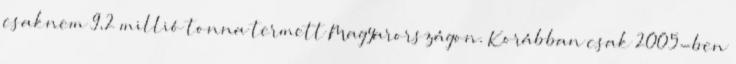
csaknem 9,2 millió tonna termett Magyarországon. Korábban csak 2005-ben